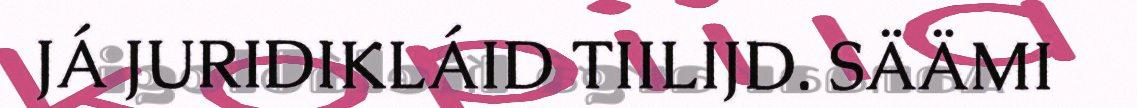
JÁ JURIDIKLÁID TIILIJD. SÄÄMI